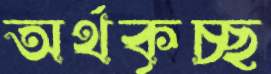
অর্থকৃচ্ছ